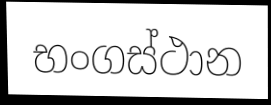
භංගස්ථාන